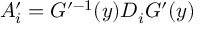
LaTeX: A _ { i } ^ { \prime } = G ^ { \prime - 1 } ( y ) D _ { i } G ^ { \prime } ( y )